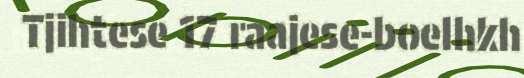
Tjihtese 17 raajese-boelhkh